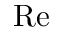
\mathrm { R e }